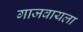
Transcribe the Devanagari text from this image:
गाजवायला